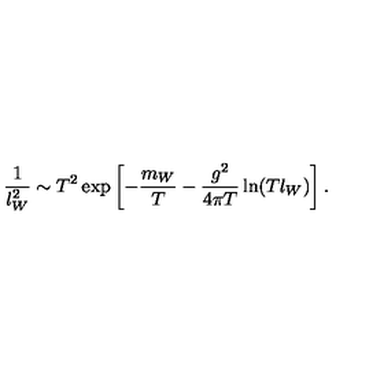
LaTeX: \frac { 1 } { l _ { W } ^ { 2 } } \sim T ^ { 2 } \exp \left[ - \frac { m _ { W } } T - \frac { g ^ { 2 } } { 4 \pi T } \ln ( T l _ { W } ) \right] .